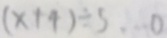
( x + 4 ) \div 5 \cdots 0